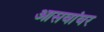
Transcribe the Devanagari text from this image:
आसवांवर